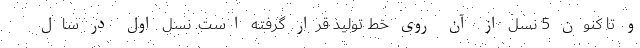
و تا کنون 5 نسل از آن روی خط تولید قرار گرفته است. نسل اول در سال